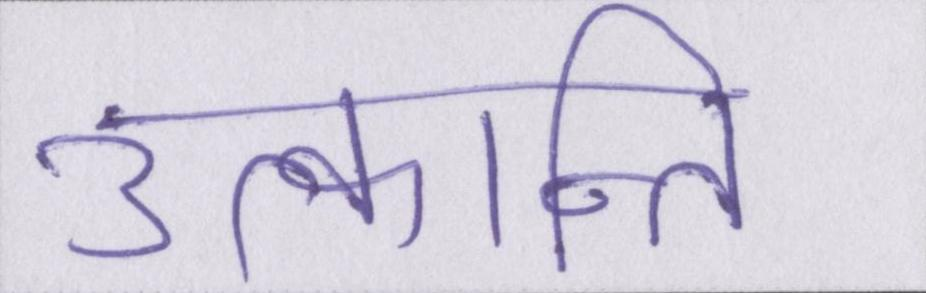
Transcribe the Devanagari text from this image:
उत्क्रान्ति